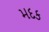
મદક